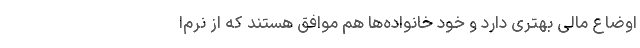
اوضاع مالی بهتری دارد و خود خانواده‌ها هم موافق هستند که از نرم‌ا